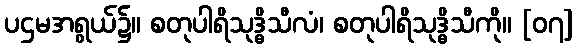
ပဌမအရွယ်၌။ စတုပါရိသုဒ္ဓိသီလံ၊ စတုပါရိသုဒ္ဓိသီကို။ [၀၇]